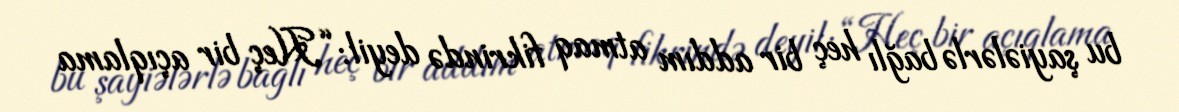
bu şayiələrlə bağlı heç bir addım atmaq fikrində deyil: “Heç bir açıqlama